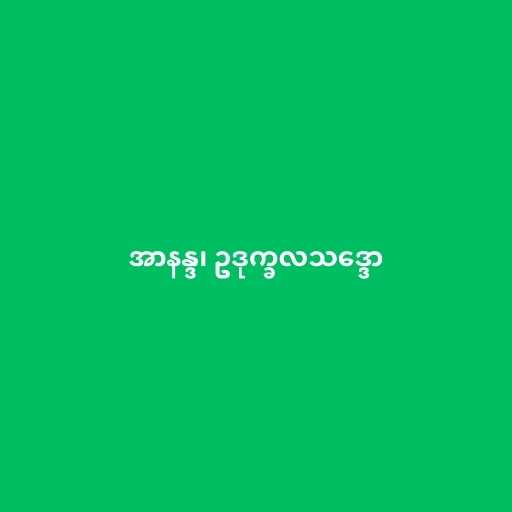
အာနန္ဒ၊ ဥဒုက္ခလသဒ္ဒော